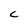
Character: C